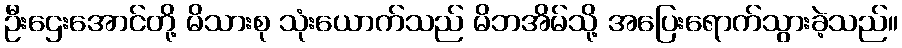
ဦးဌေးအောင်တို့ မိသားစု သုံးယောက်သည် မိဘအိမ်သို့ အပြေးရောက်သွားခဲ့သည်။